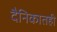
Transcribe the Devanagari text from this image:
दैनिकातही